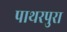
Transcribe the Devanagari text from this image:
पाथरपुरा